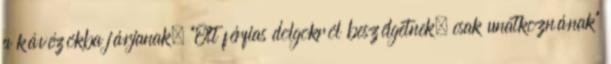
a kávézókba járjanak. "Ott férfias dolgokról beszélgetnek, csak unatkoznának"